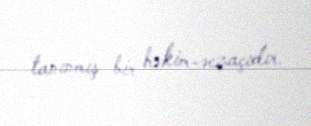
tanınmış bir həkim-əczaçıdır.